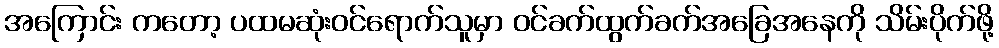
အကြောင်း ကတော့ ပထမဆုံးဝင်ရောက်သူမှာ ဝင်ခက်ထွက်ခက်အခြေအနေကို သိမ်းပိုက်ဖို့